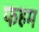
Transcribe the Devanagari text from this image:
फहम